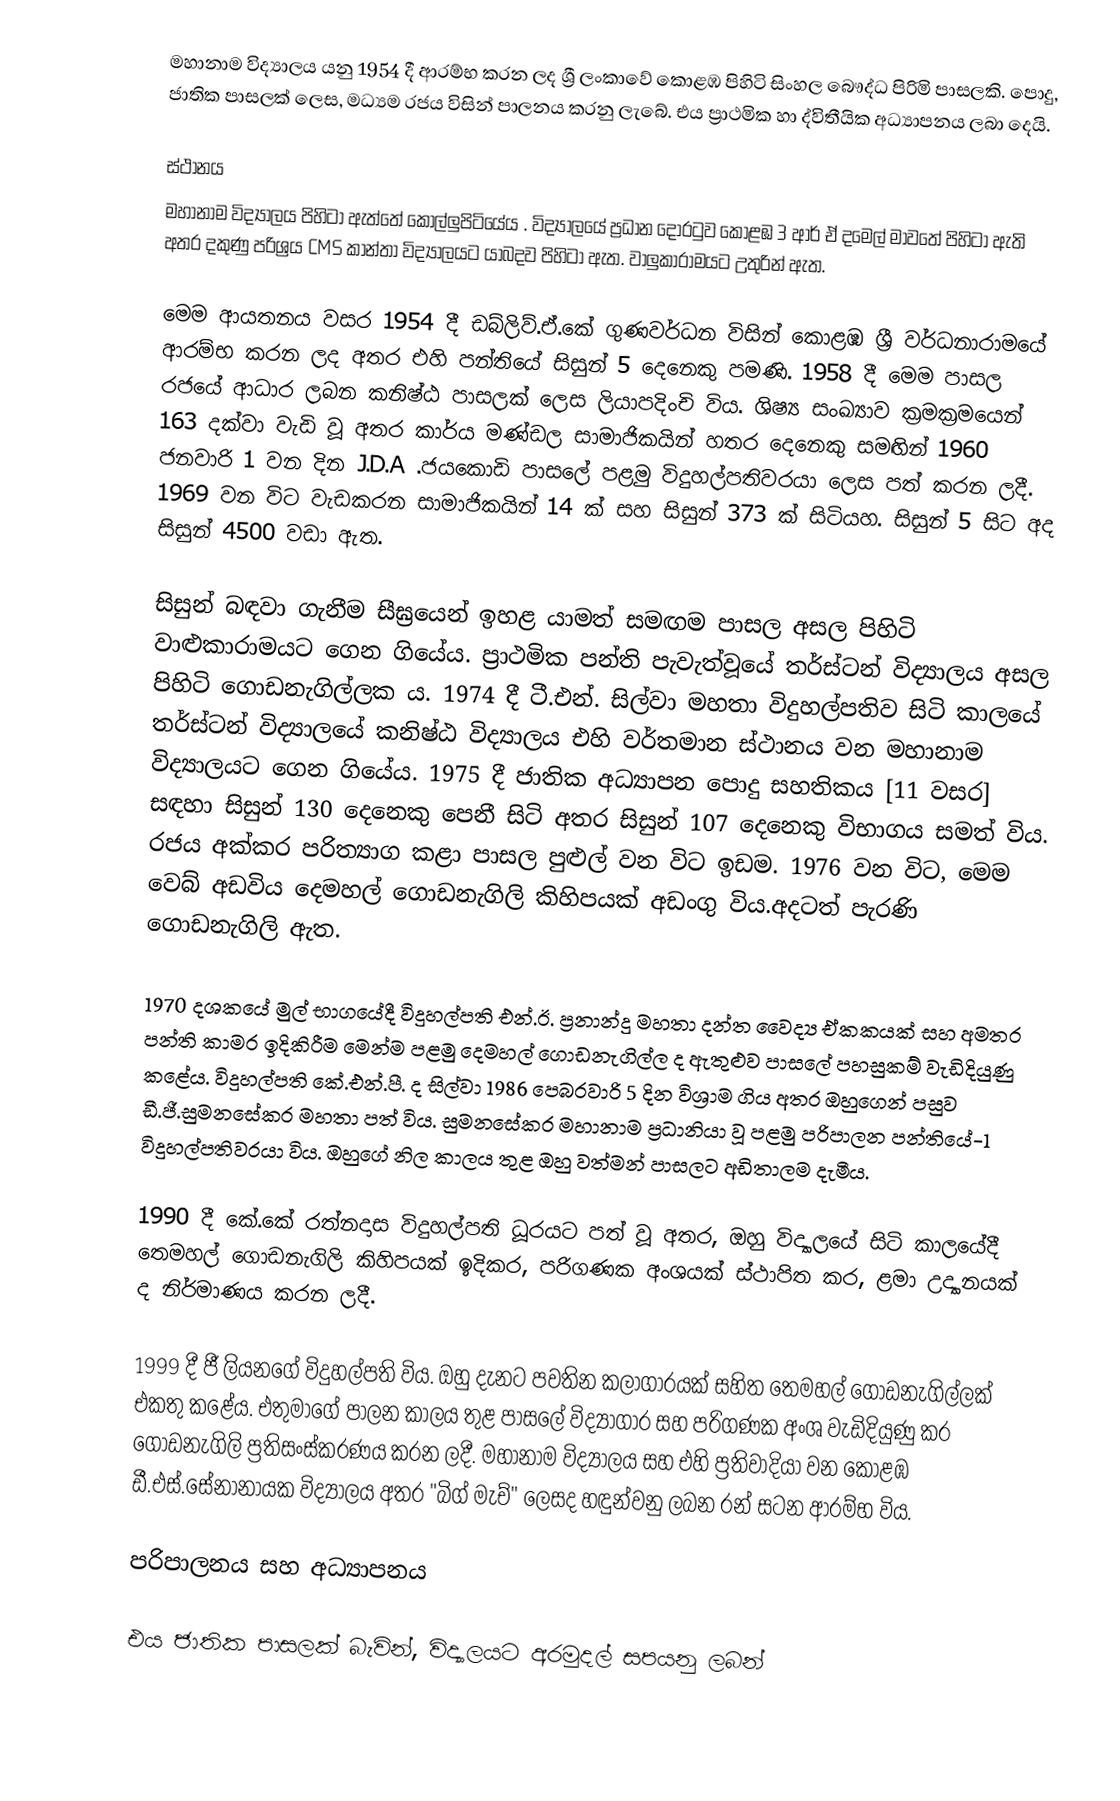
මහානාම විද්‍යාලය යනු 1954 දී ආරම්භ කරන ලද ශ්‍රී ලංකාවේ කොළඹ පිහිටි සිංහල බෞද්ධ පිරිමි පාසලකි. පොදු, ජාතික පාසලක් ලෙස,  මධ්‍යම රජය විසින් පාලනය කරනු ලැබේ. එය ප්‍රාථමික හා ද්විතීයික අධ්‍යාපනය ලබා දෙයි.

ස්ථානය
මහානාම විද්‍යාලය පිහිටා ඇත්තේ කොල්ලුපිටියේය . විද්‍යාලයේ ප්‍රධාන දොරටුව කොළඹ 3 ආර් ඒ දමෙල් මාවතේ පිහිටා ඇති අතර දකුණු පරිශ්‍රය CMS කාන්තා විද්‍යාලයට යාබදව පිහිටා ඇත. වාලුකාරාමයට උතුරින් ඇත.

මෙම ආයතනය  වසර 1954 දී ඩබ්ලිව්.ඒ.කේ ගුණවර්ධන විසින් කොළඹ ශ්‍රී වර්ධනාරාමයේ ආරම්භ කරන ලද අතර එහි පන්තියේ සිසුන් 5 දෙනෙකු පමණි. 1958 දී මෙම පාසල රජයේ ආධාර ලබන කනිෂ්ඨ  පාසලක් ලෙස ලියාපදිංචි විය. ශිෂ්‍ය සංඛ්‍යාව ක්‍රමක්‍රමයෙන් 163 දක්වා වැඩි වූ අතර කාර්ය මණ්ඩල සාමාජිකයින් හතර දෙනෙකු සමඟින් 1960 ජනවාරි 1 වන දින J.D.A .ජයකොඩි පාසලේ පළමු විදුහල්පතිවරයා ලෙස පත් කරන ලදී. 1969 වන විට  වැඩකරන සාමාජිකයින් 14 ක් සහ සිසුන් 373 ක් සිටියහ. සිසුන් 5 සිට අද සිසුන් 4500 වඩා ඇත.

සිසුන් බඳවා ගැනීම සීඝ්‍රයෙන් ඉහළ යාමත් සමඟම පාසල අසල පිහිටි වාළුකාරාමයට ගෙන ගියේය. ප්‍රාථමික පන්ති පැවැත්වූයේ තර්ස්ටන් විද්‍යාලය අසල පිහිටි ගොඩනැගිල්ලක ය. 1974 දී ටී.එන්. සිල්වා මහතා විදුහල්පතිව සිටි කාලයේ තර්ස්ටන් විද්‍යාලයේ කනිෂ්ඨ විද්‍යාලය එහි වර්තමාන ස්ථානය වන මහානාම විද්‍යාලයට ගෙන ගියේය. 1975 දී ජාතික අධ්‍යාපන පොදු සහතිකය [11 වසර] සඳහා සිසුන් 130 දෙනෙකු පෙනී සිටි අතර සිසුන් 107 දෙනෙකු විභාගය සමත් විය. රජය අක්කර  පරිත්‍යාග කළා   පාසල පුළුල් වන විට ඉඩම. 1976 වන විට, මෙම වෙබ් අඩවිය දෙමහල් ගොඩනැගිලි කිහිපයක් අඩංගු විය.අදටත් පැරණි ගොඩනැගිලි ඇත.

1970 දශකයේ මුල් භාගයේදී විදුහල්පති එන්.ඊ. ප්‍රනාන්දු මහතා දන්ත වෛද්‍ය ඒකකයක් සහ අමතර පන්ති කාමර ඉදිකිරීම මෙන්ම පළමු දෙමහල් ගොඩනැගිල්ල ද ඇතුළුව පාසලේ පහසුකම් වැඩිදියුණු කළේය. විදුහල්පති කේ.එන්.පී. ද සිල්වා 1986 පෙබරවාරි 5 දින විශ්‍රාම ගිය අතර ඔහුගෙන් පසුව ඩී.ජී.සුමනසේකර මහතා පත් විය. සුමනසේකර මහානාම ප්‍රධානියා වූ පළමු පරිපාලන පන්තියේ-1 විදුහල්පතිවරයා විය. ඔහුගේ නිල කාලය තුළ ඔහු වත්මන් පාසලට අඩිතාලම දැමීය.

1990 දී කේ.කේ රත්නදාස විදුහල්පති ධූරයට පත් වූ අතර, ඔහු විද්‍යාලයේ සිටි කාලයේදී තෙමහල් ගොඩනැගිලි කිහිපයක් ඉදිකර, පරිගණක අංශයක් ස්ථාපිත කර, ළමා උද්‍යානයක් ද නිර්මාණය කරන ලදී.

1999 දී ජී ලියනගේ විදුහල්පති විය. ඔහු දැනට පවතින  කලාගාරයක් සහිත තෙමහල් ගොඩනැගිල්ලක් එකතු කළේය. එතුමාගේ පාලන කාලය තුළ පාසලේ විද්‍යාගාර සහ පරිගණක අංශ වැඩිදියුණු කර ගොඩනැගිලි ප්‍රතිසංස්කරණය කරන ලදී. මහානාම විද්‍යාලය සහ එහි ප්‍රතිවාදියා වන කොළඹ ඩී.එස්.සේනානායක විද්‍යාලය අතර "බිග් මැච්" ලෙසද හඳුන්වනු ලබන රන් සටන ආරම්භ විය.

පරිපාලනය සහ අධ්‍යාපනය

එය ජාතික පාසලක් බැවින්, විද්‍යාලයට අරමුදල් සපයනු ලබන්